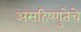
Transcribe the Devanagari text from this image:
असहिष्णुतेचे